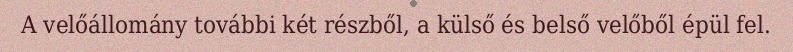
A velőállomány további két részből, a külső és belső velőből épül fel.